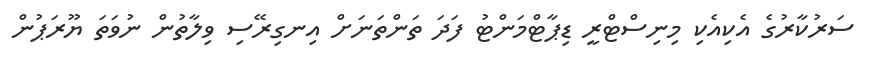
ސަރުކާރުގެ އެކިއެކި މިނިސްޓްރީ ޑިޕާޓްމަންޓު ފަދަ ތަންތަނަށް އިނގިރޭސި ވިލާތުން ނުވަތަ ޔޫރަޕުން